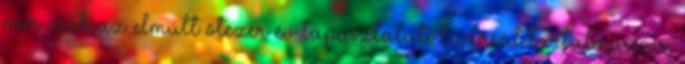
nem csak az elmúlt ötezer év tapasztalati tudását tartalmazza,